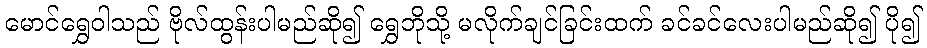
မောင်ရွှေဝါသည် ဗိုလ်ထွန်းပါမည်ဆို၍ ရွှေဘိုသို့ မလိုက်ချင်ခြင်းထက် ခင်ခင်လေးပါမည်ဆို၍ ပို၍